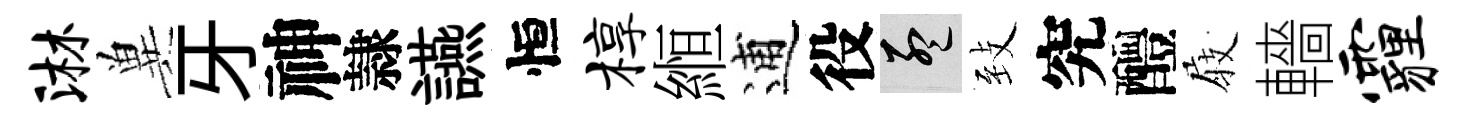
淋兾牙神隷讌恒椁縆逋役孟𦤺究醴𡲆轖霾